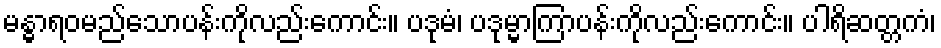
မန္ဓာရဝမည်သောပန်းကိုလည်းကောင်း။ ပဒုမံ၊ ပဒုမ္မာကြာပန်းကိုလည်းကောင်း။ ပါရိဆတ္တကံ၊